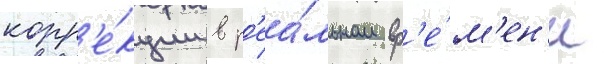
корр'е́кции в р'еа́льном вр'е́м'ен'и